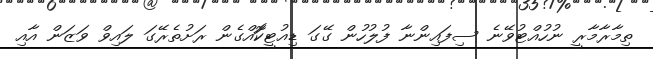
ތިމާރާމާރީ ނުހުއްޓުވޭނެ ސިފައިންނާ ފުލުހުން ގޭގަ ޑިއުޓީކޮައްގެން ރަށުތެރޭގަ ލައިވް ވަޒަން އާއި